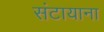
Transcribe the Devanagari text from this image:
संटायाना